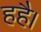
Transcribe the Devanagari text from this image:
हहै।